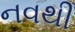
નવથી